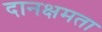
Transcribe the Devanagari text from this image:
दानक्षमता